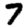
Digit: 7